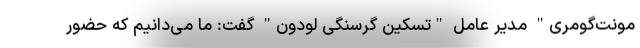
مونت‌گومری" مدیر عامل "تسکین گرسنگی لودون" گفت: ما می‌دانیم که حضور